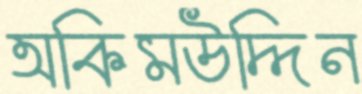
অকিমউদ্দিন